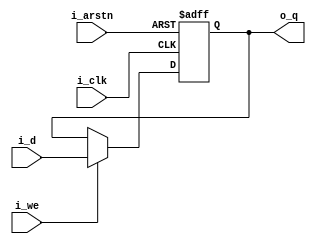
`timescale 1ns/1ps
module register(i_clk, i_arstn, i_we, i_d, o_q);

parameter WIDTH = 32;

input i_clk;
input i_arstn;
input i_we;
input [WIDTH-1:0] i_d;
output reg [WIDTH-1:0] o_q;

always @(posedge i_clk or negedge i_arstn) begin
	if(!i_arstn) begin
		o_q <= {WIDTH{1'b0}};
	end else if (i_we) begin
		o_q<= i_d;
	end else begin 
	o_q <= o_q;
	end
end

endmodule